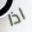
اذا